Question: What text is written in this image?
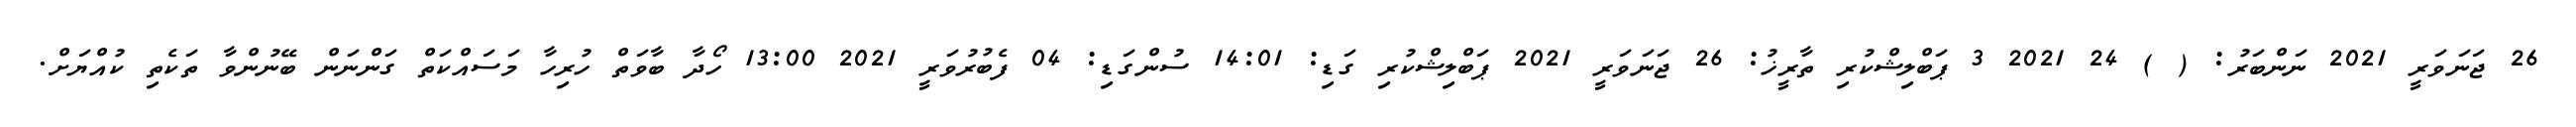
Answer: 26 ޖަނަވަރީ 2021 ނަންބަރު: ( ) 24 2021 3 ޕަބްލިޝްކުރި ތާރީޚު: 26 ޖަނަވަރީ 2021 ޕަބްލިޝްކުރި ގަޑި: 14:01 ސުންގަޑި: 04 ފެބުރުވަރީ 2021 13:00 ހޯދާ ބާވަތް ހުރިހާ މަސައްކަތް ގަންނަން ބޭނުންވާ ތަކެތި ކުއްޔަށް.